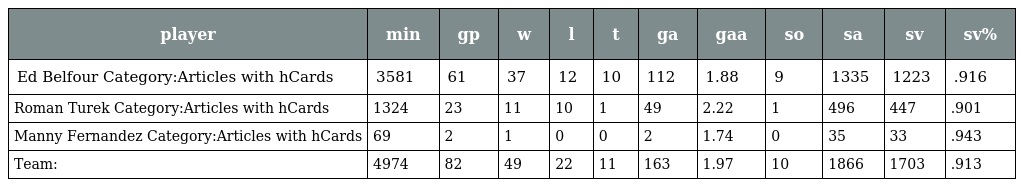
| player | min | gp | w | l | t | ga | gaa | so | sa | sv | sv% |
 | --- | --- | --- | --- | --- | --- | --- | --- | --- | --- | --- | --- |
 | Ed Belfour Category:Articles with hCards | 3581 | 61 | 37 | 12 | 10 | 112 | 1.88 | 9 | 1335 | 1223 | .916 |
 | Roman Turek Category:Articles with hCards | 1324 | 23 | 11 | 10 | 1 | 49 | 2.22 | 1 | 496 | 447 | .901 |
 | Manny Fernandez Category:Articles with hCards | 69 | 2 | 1 | 0 | 0 | 2 | 1.74 | 0 | 35 | 33 | .943 |
 | Team: | 4974 | 82 | 49 | 22 | 11 | 163 | 1.97 | 10 | 1866 | 1703 | .913 |